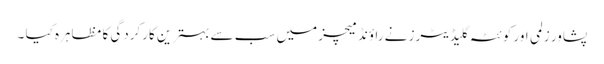
پشاور زلمی اور کوئٹہ گلیڈیٹرز نے راؤنڈ میچز میں سب سے بہترین کارکردگی کا مظاہرہ کیا ۔